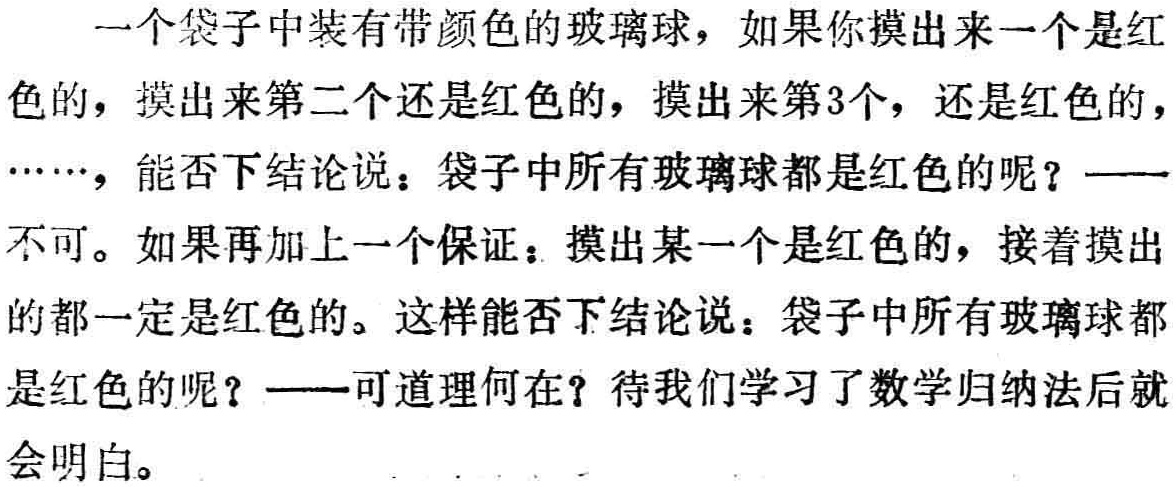
一个袋子中装有带颜色的玻璃球，如果你摸出来一个是红色的，摸出来第二个还是红色的，摸出来第3个，还是红色的，$\cdots\cdots$，能否下结论说：袋子中所有玻璃球都是红色的呢？——不可。如果再加上一个保证：摸出某一个是红色的，接着摸出的都一定是红色的。这样能否下结论说：袋子中所有玻璃球都是红色的呢？——可道理何在？待我们学习了数学归纳法后就会明白。